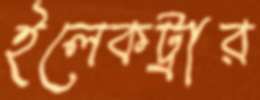
ইলেকট্রার